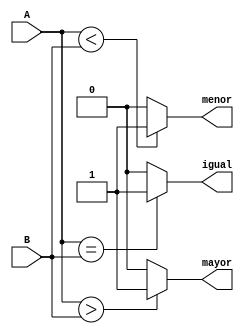
`timescale 1ns / 1ps
//////////////////////////////////////////////////////////////////////////////////
// Company: 
// Engineer: 
// 
// Design Name: 
// Module Name: comparador_7
// Project Name: 
// Target Devices: 
// Tool Versions: 
// Description: 
// 
// Dependencies: 
// 
// Revision:
// Revision 0.01 - File Created
// Additional Comments:
// 
//////////////////////////////////////////////////////////////////////////////////


module comparador_7(
    input [6:0] A,
    input [6:0] B,
    output igual,
    output menor,
    output mayor
    );
    
    assign igual = (A==B)?1'b1:1'b0;
    assign menor = (A<B)?1'b1:1'b0;
    assign mayor = (A>B)?1'b1:1'b0;  
endmodule